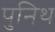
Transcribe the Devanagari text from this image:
पुनिथ